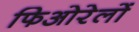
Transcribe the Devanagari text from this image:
फिओरेलों